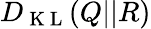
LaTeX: D_{\mathrm{~K~L~}}(Q||R)